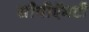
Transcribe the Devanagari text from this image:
सीपीऍमटी